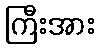
ကြီးအား